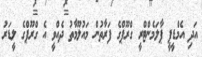
އަދި އެމްޑީޕީ ޕާލަމެންޓްރީ ގްރޫޕްގެ ފަރާތުން މައުލޫމާތު ދެއްވީ އެ ގްރޫޕްގެ ލީޑަރު